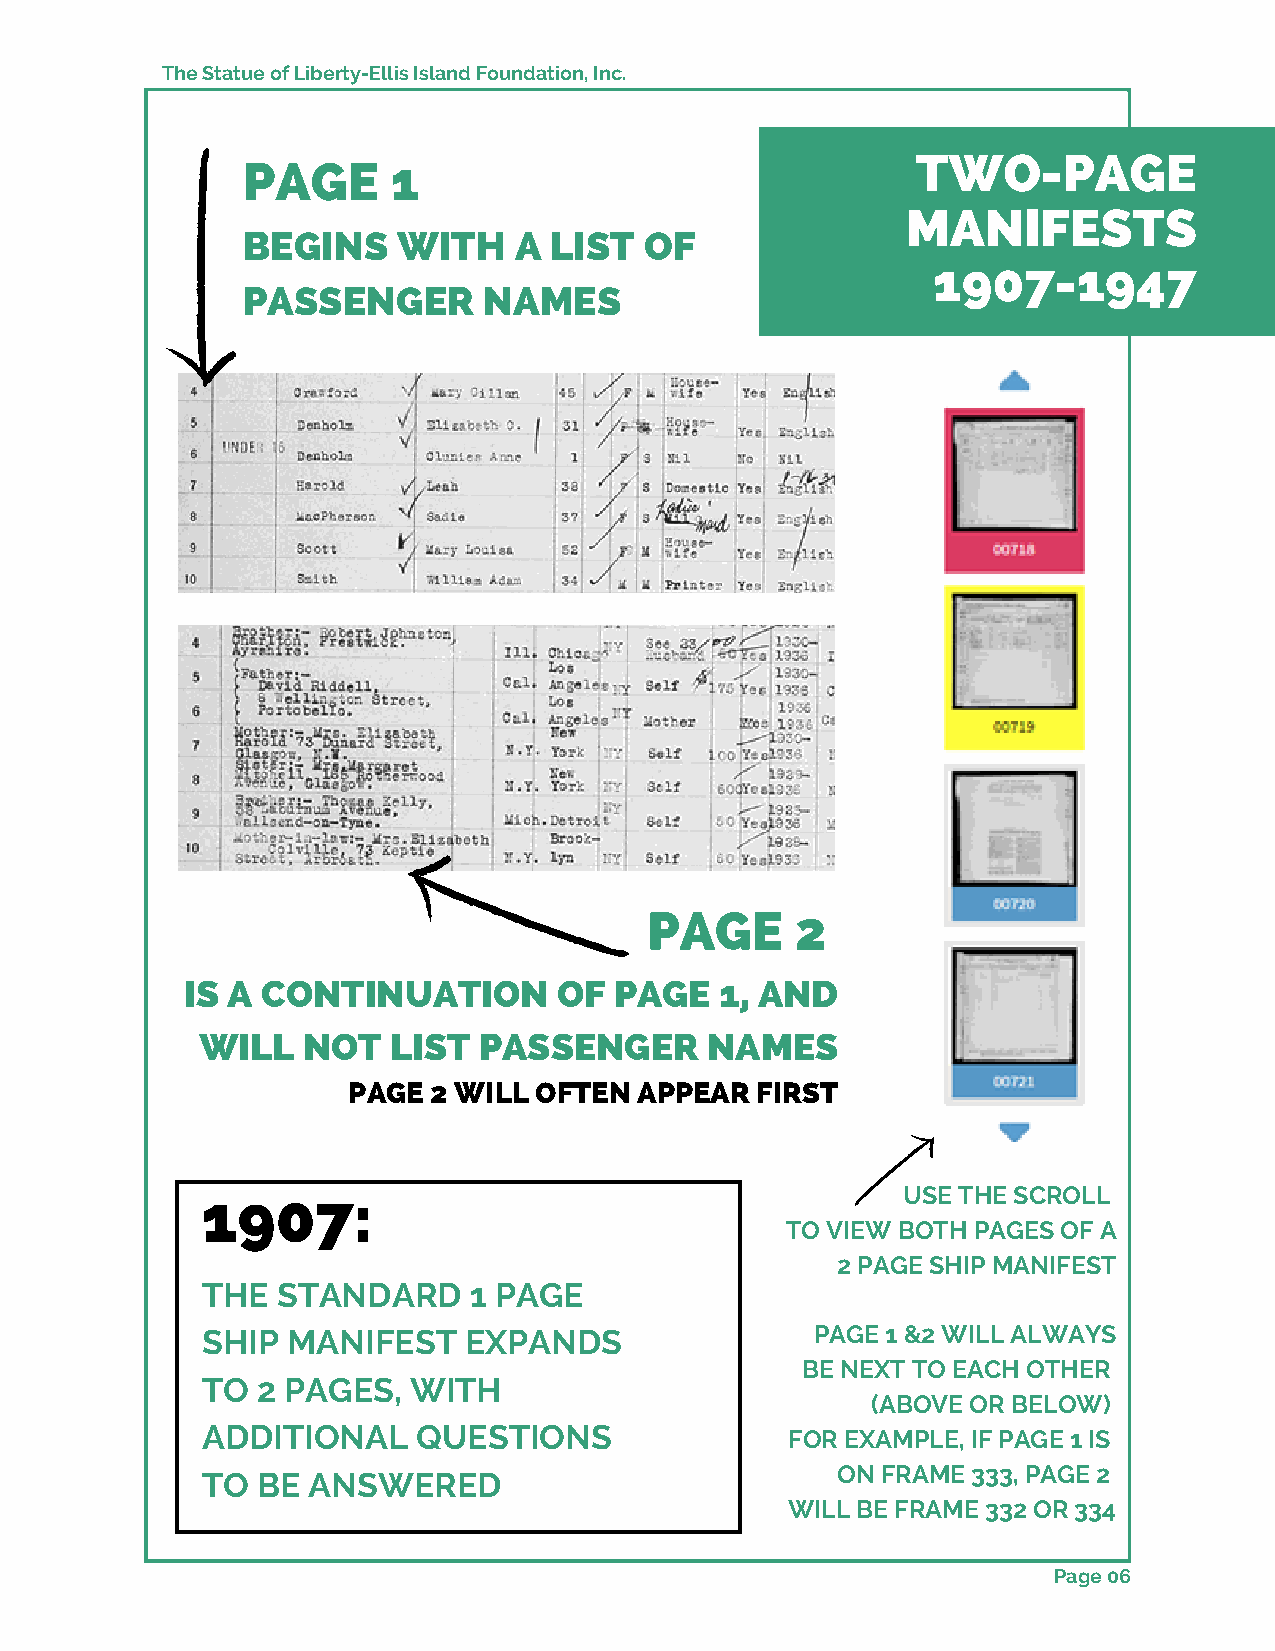
The Statue of Liberty-Ellis Island Foundation, Inc.
 TWO-PAGE
 PAGE      1
 MANIFESTS
 BEGINS    WITH    A LIST   OF
 1907-1947
 PASSENGER       NAMES
 PAGE      2
 IS A CONTINUATION        OF  PAGE   1, AND
 WILL   NOT   LIST  PASSENGER      NAMES
 PAGE 2 WILL OFTEN  APPEAR  FIRST
 USE THE SCROLL
 1907:
 TO VIEW BOTH PAGES OF A
 2 PAGE SHIP MANIFEST
 THE  STANDARD     1 PAGE
 SHIP  MANIFEST    EXPANDS                PAGE 1 &2 WILL ALWAYS
 BE NEXT TO EACH OTHER
 TO  2 PAGES,  WITH
 (ABOVE OR BELOW)
 ADDITIONAL     QUESTIONS               FOR EXAMPLE, IF PAGE 1 IS
 ON FRAME 333, PAGE 2
 TO  BE ANSWERED
 WILL BE FRAME 332 OR 334
 Page 06